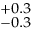
^ { + 0 . 3 } _ { - 0 . 3 }